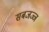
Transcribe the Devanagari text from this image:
सबजज्ज